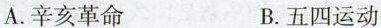
A.辛亥革命 B.五四运动